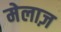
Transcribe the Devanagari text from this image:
मेलाज़